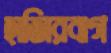
হাজিরবাগ